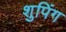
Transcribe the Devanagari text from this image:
शुपिंग